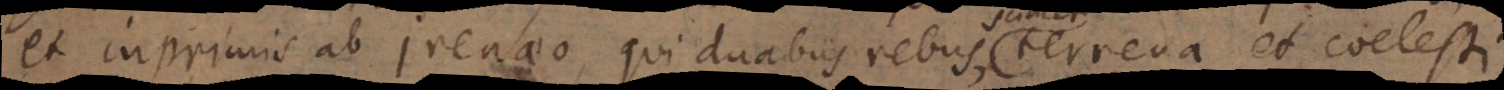
et inprimis ab Irenaeo, qui duabus rebus, terrena et coelesti,